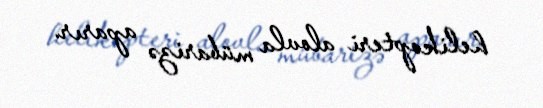
helikopteri alovla mübarizə aparır.